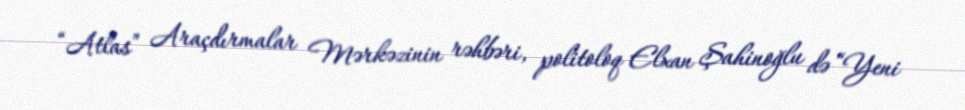
“Atlas” Araçdırmalar Mərkəzinin rəhbəri, politoloq Elxan Şahinoğlu də “Yeni